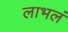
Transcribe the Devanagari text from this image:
लाभलं